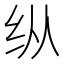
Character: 纵